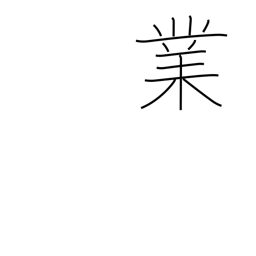
Meaning: performance